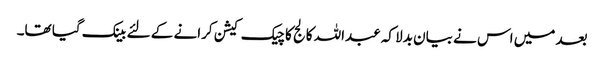
بعد میں اس نے بیان بدلا کہ عبداللہ کالج کا چیک کیشن کرانے کے لئے بینک گیا تھا۔